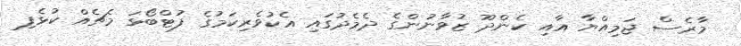
މާރެސް ޖަމިއްޔާ އާއި ކެންދޫ ޒުވާނުންގެ ދެމެދުގައި އެކުވެރިކަމުގެ ފުޓްބޯޅަ މެޗެއް ކުޅެފި